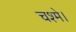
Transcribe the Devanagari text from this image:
चश्मे।